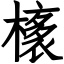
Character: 橠